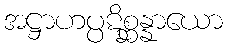
အဋ္ဌာဟပ္ပဋိစ္ဆန္နာယော